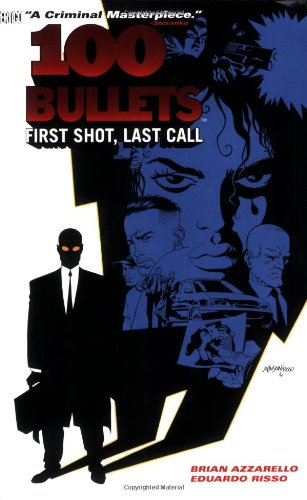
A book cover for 100 Bullets Vol. 1: First Shot, Last Call; Brian Azzarello; Comics & Graphic Novels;